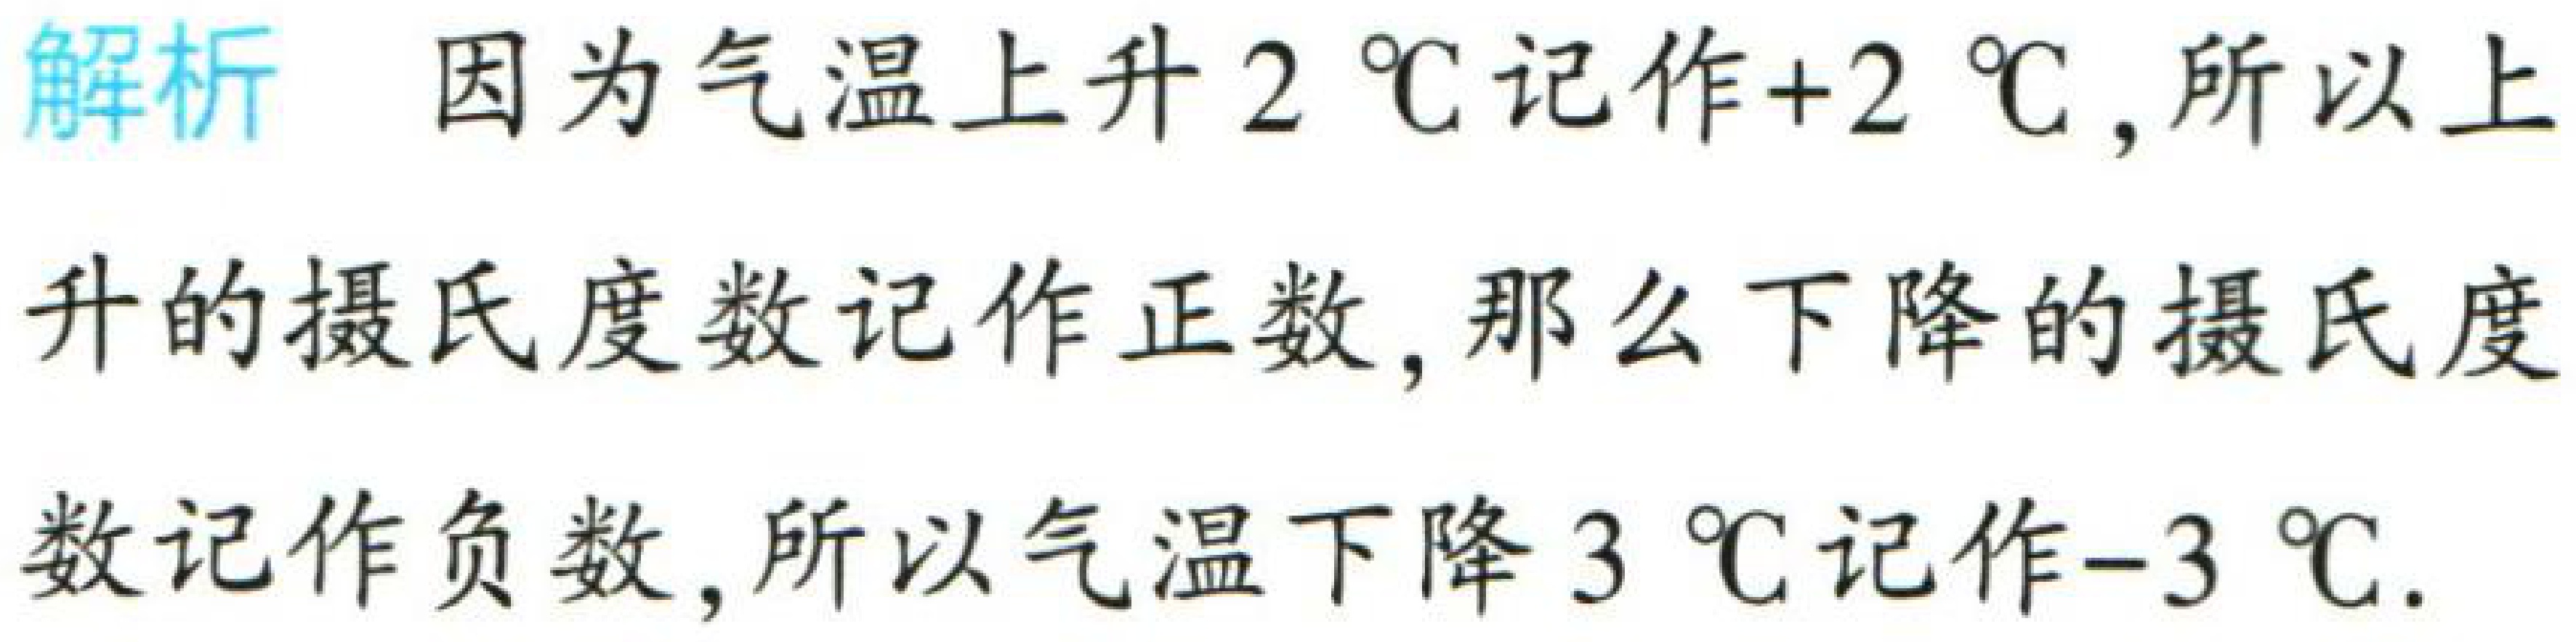
解析 因为气温上升 \(2^{\circ}C\) 记作 \(+2^{\circ}C\)，所以上升的摄氏度数记作正数，那么下降的摄氏度数记作负数，所以气温下降 \(3^{\circ}C\) 记作 \(-3^{\circ}C\).